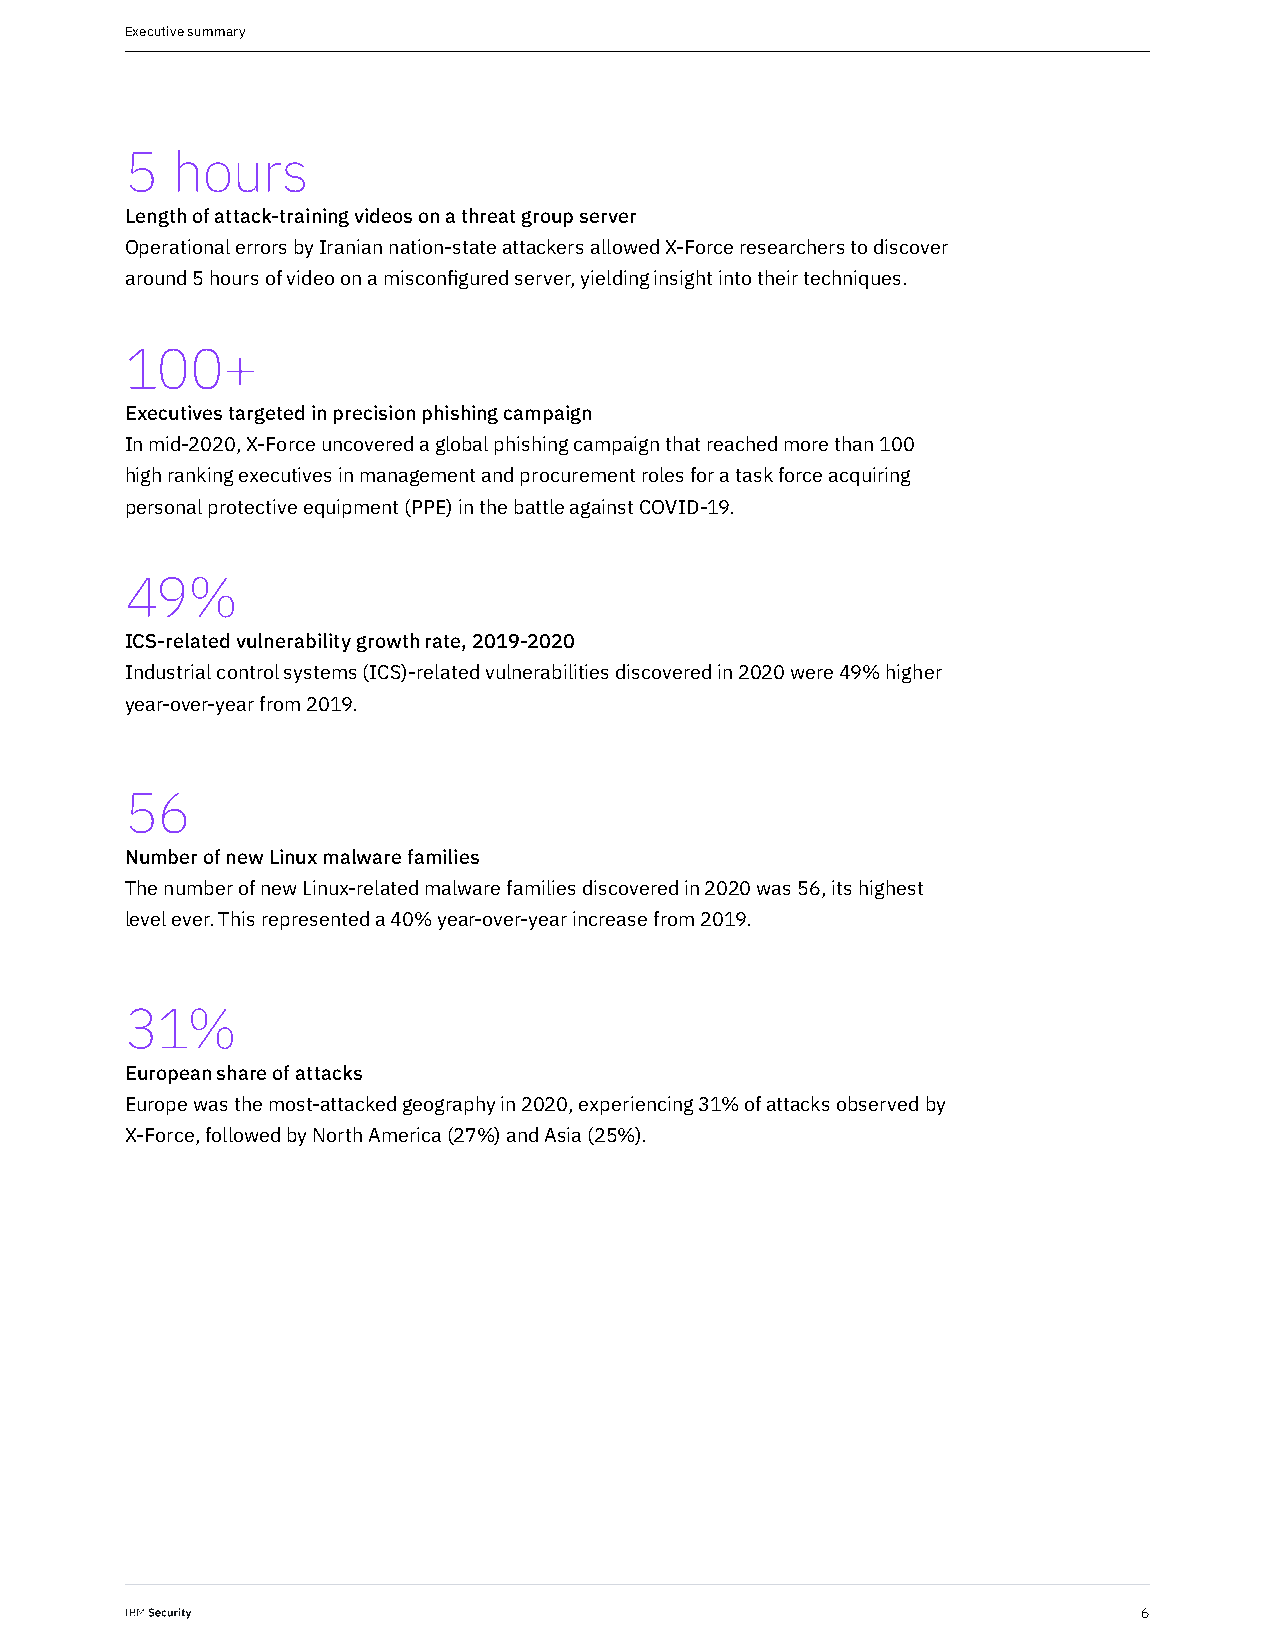
Executive summary
 5  hours
 Length of attack-training videos on a threat group server
 Operational errors by Iranian nation-state attackers allowed X-Force researchers to discover
 around 5 hours of video on a misconfigured server, yielding insight into their techniques.
 100+
 Executives targeted in precision phishing campaign
 In mid-2020, X-Force uncovered a global phishing campaign that reached more than 100
 high ranking executives in management and procurement roles for a task force acquiring
 personal protective equipment (PPE) in the battle against COVID-19.
 49%
 ICS-related vulnerability growth rate, 2019-2020
 Industrial control systems (ICS)-related vulnerabilities discovered in 2020 were 49% higher
 year-over-year from 2019.
 56
 Number of new Linux malware families
 The number of new Linux-related malware families discovered in 2020 was 56, its highest
 level ever. This represented a 40% year-over-year increase from 2019.
 31%
 European share of attacks
 Europe was the most-attacked geography in 2020, experiencing 31% of attacks observed by
 X-Force, followed by North America (27%) and Asia (25%).
 6